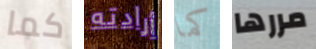
كما أرادته كما مررها